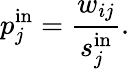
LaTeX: p_{j}^{\mathrm{in}}=\frac{w_{ij}}{s_{j}^{\mathrm{in}}}.